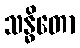
သန္ဓိတော